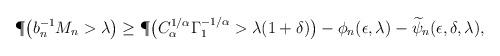
LaTeX: \begin{align*}\P \big(b_n^{-1} M_n> \lambda \big) \geq \P \big(C_{\alpha}^{1/\alpha}\Gamma_1^{-1/\alpha}>\lambda(1+\delta) \big)-\phi_n (\epsilon,\lambda)-\widetilde{\psi}_n (\epsilon,\delta,\lambda),\end{align*}